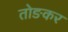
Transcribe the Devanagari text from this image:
तोङकर